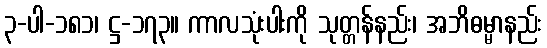
၃-ပါ-၁၈၁၊ ဋ္ဌ-၁၇၃။ ကာလသုံးပါးကို သုတ္တန်နည်း၊ အဘိဓမ္မာနည်း